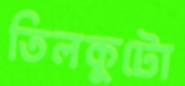
তিলকুটো